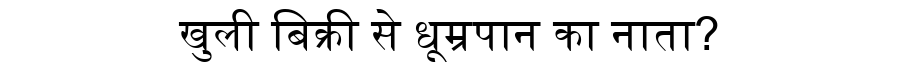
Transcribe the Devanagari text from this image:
खुली बिक्री से धूम्रपान का नाता?